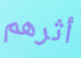
أثرهم